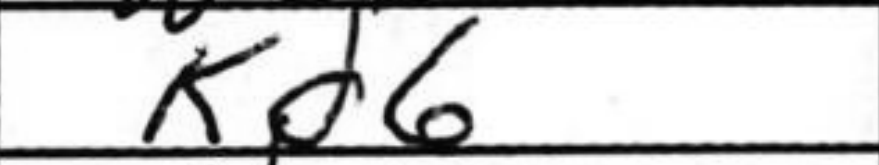
Transcription: Kd6